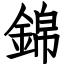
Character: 錦